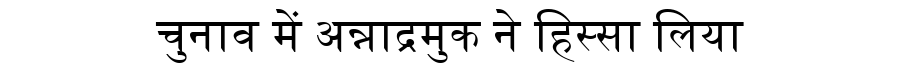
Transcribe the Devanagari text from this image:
चुनाव में अन्नाद्रमुक ने हिस्सा लिया